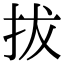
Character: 拔